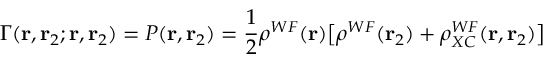
\Gamma ( \mathbf { r } , \mathbf { r } _ { 2 } ; \mathbf { r } , \mathbf { r } _ { 2 } ) = P ( \mathbf { r } , \mathbf { r } _ { 2 } ) = \frac { 1 } { 2 } \rho ^ { W F } ( \mathbf { r } ) \big [ \rho ^ { W F } ( \mathbf { r } _ { 2 } ) + \rho _ { X C } ^ { W F } ( \mathbf { r } , \mathbf { r } _ { 2 } ) \big ]